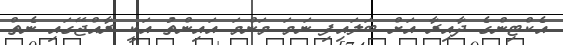
އެކްޓިންގެ ދާއިރާ އަށް ބަލައިފި ނަމަ މަންމަ އައިންތު އަކީ ރާއްޖޭގައި ނެތް